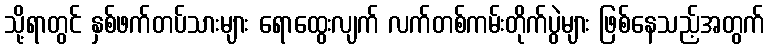
သို့ရာတွင် နှစ်ဖက်တပ်သားများ ရောထွေးလျက် လက်တစ်ကမ်းတိုက်ပွဲများ ဖြစ်နေသည့်အတွက်